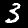
Digit: 3